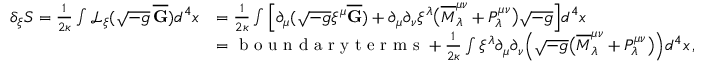
\begin{array} { r l } { \delta _ { \xi } S = \frac { 1 } { 2 \kappa } \int \mathcal { L } _ { \xi } ( \sqrt { - g } \, \overline { { \mathbf { G } } } ) d ^ { 4 } x } & { = \frac { 1 } { 2 \kappa } \int \Big [ \partial _ { \mu } ( \sqrt { - g } \xi ^ { \mu } \overline { { \mathbf { G } } } ) + \partial _ { \mu } \partial _ { \nu } \xi ^ { \lambda } \big ( \overline { { M } } ^ { \mu \nu } _ { \lambda } + P ^ { \mu \nu } _ { \lambda } \big ) \sqrt { - g } \Big ] d ^ { 4 } x } \\ & { = \textrm { b o u n d a r y t e r m s } + \frac { 1 } { 2 \kappa } \int \xi ^ { \lambda } \partial _ { \mu } \partial _ { \nu } \Big ( \sqrt { - g } \big ( \overline { { M } } ^ { \mu \nu } _ { \lambda } + P ^ { \mu \nu } _ { \lambda } \big ) \Big ) d ^ { 4 } x \, , } \end{array}